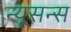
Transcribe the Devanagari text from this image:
न्यूसन्स